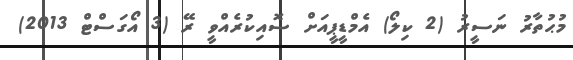
މުޙުތާރު ނަސީރު (2 ކިލޯ) އެމްޑީޕީއަށް ސޮއިކުރެއްވީ ރޭ (3 އޯގަސްޓް 2013)